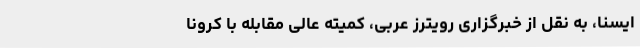
ایسنا، به نقل از خبرگزاری رویترز عربی، کمیته عالی مقابله با کرونا